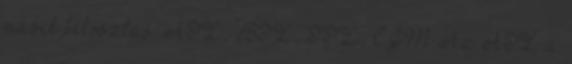
másik felosztás: ATL, BTL, TTL, CGM Az ATL a